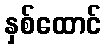
နှစ်ထောင်